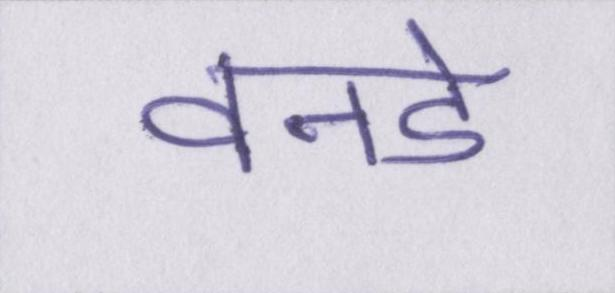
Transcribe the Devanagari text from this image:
वनडे